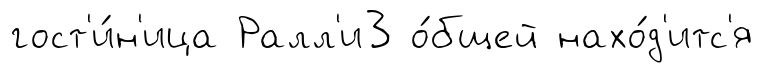
гост'и́н'ица Ралл'и3 о́бщей нахо́д'итс'я